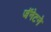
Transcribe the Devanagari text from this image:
जॅनेटने